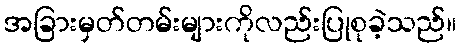
အခြားမှတ်တမ်းများကိုလည်းပြုစုခဲ့သည်။